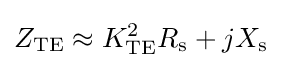
Z_{\text{TE}}\approx K_{\text{TE}}^{2}R_{\text{s}}+jX_{\text{s}}